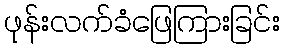
ဖုန်းလက်ခံဖြေကြားခြင်း